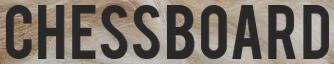
CHESSBOARD